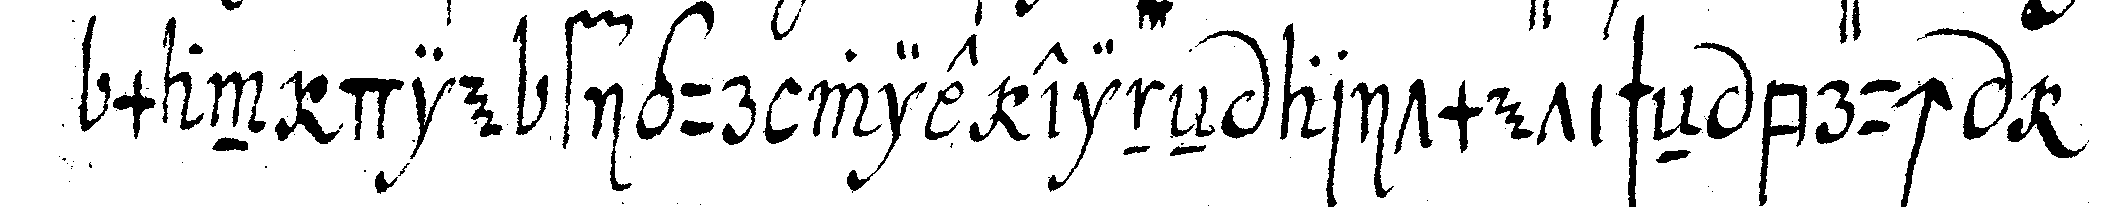
man die figur wie eineN aritmetischeN bruch